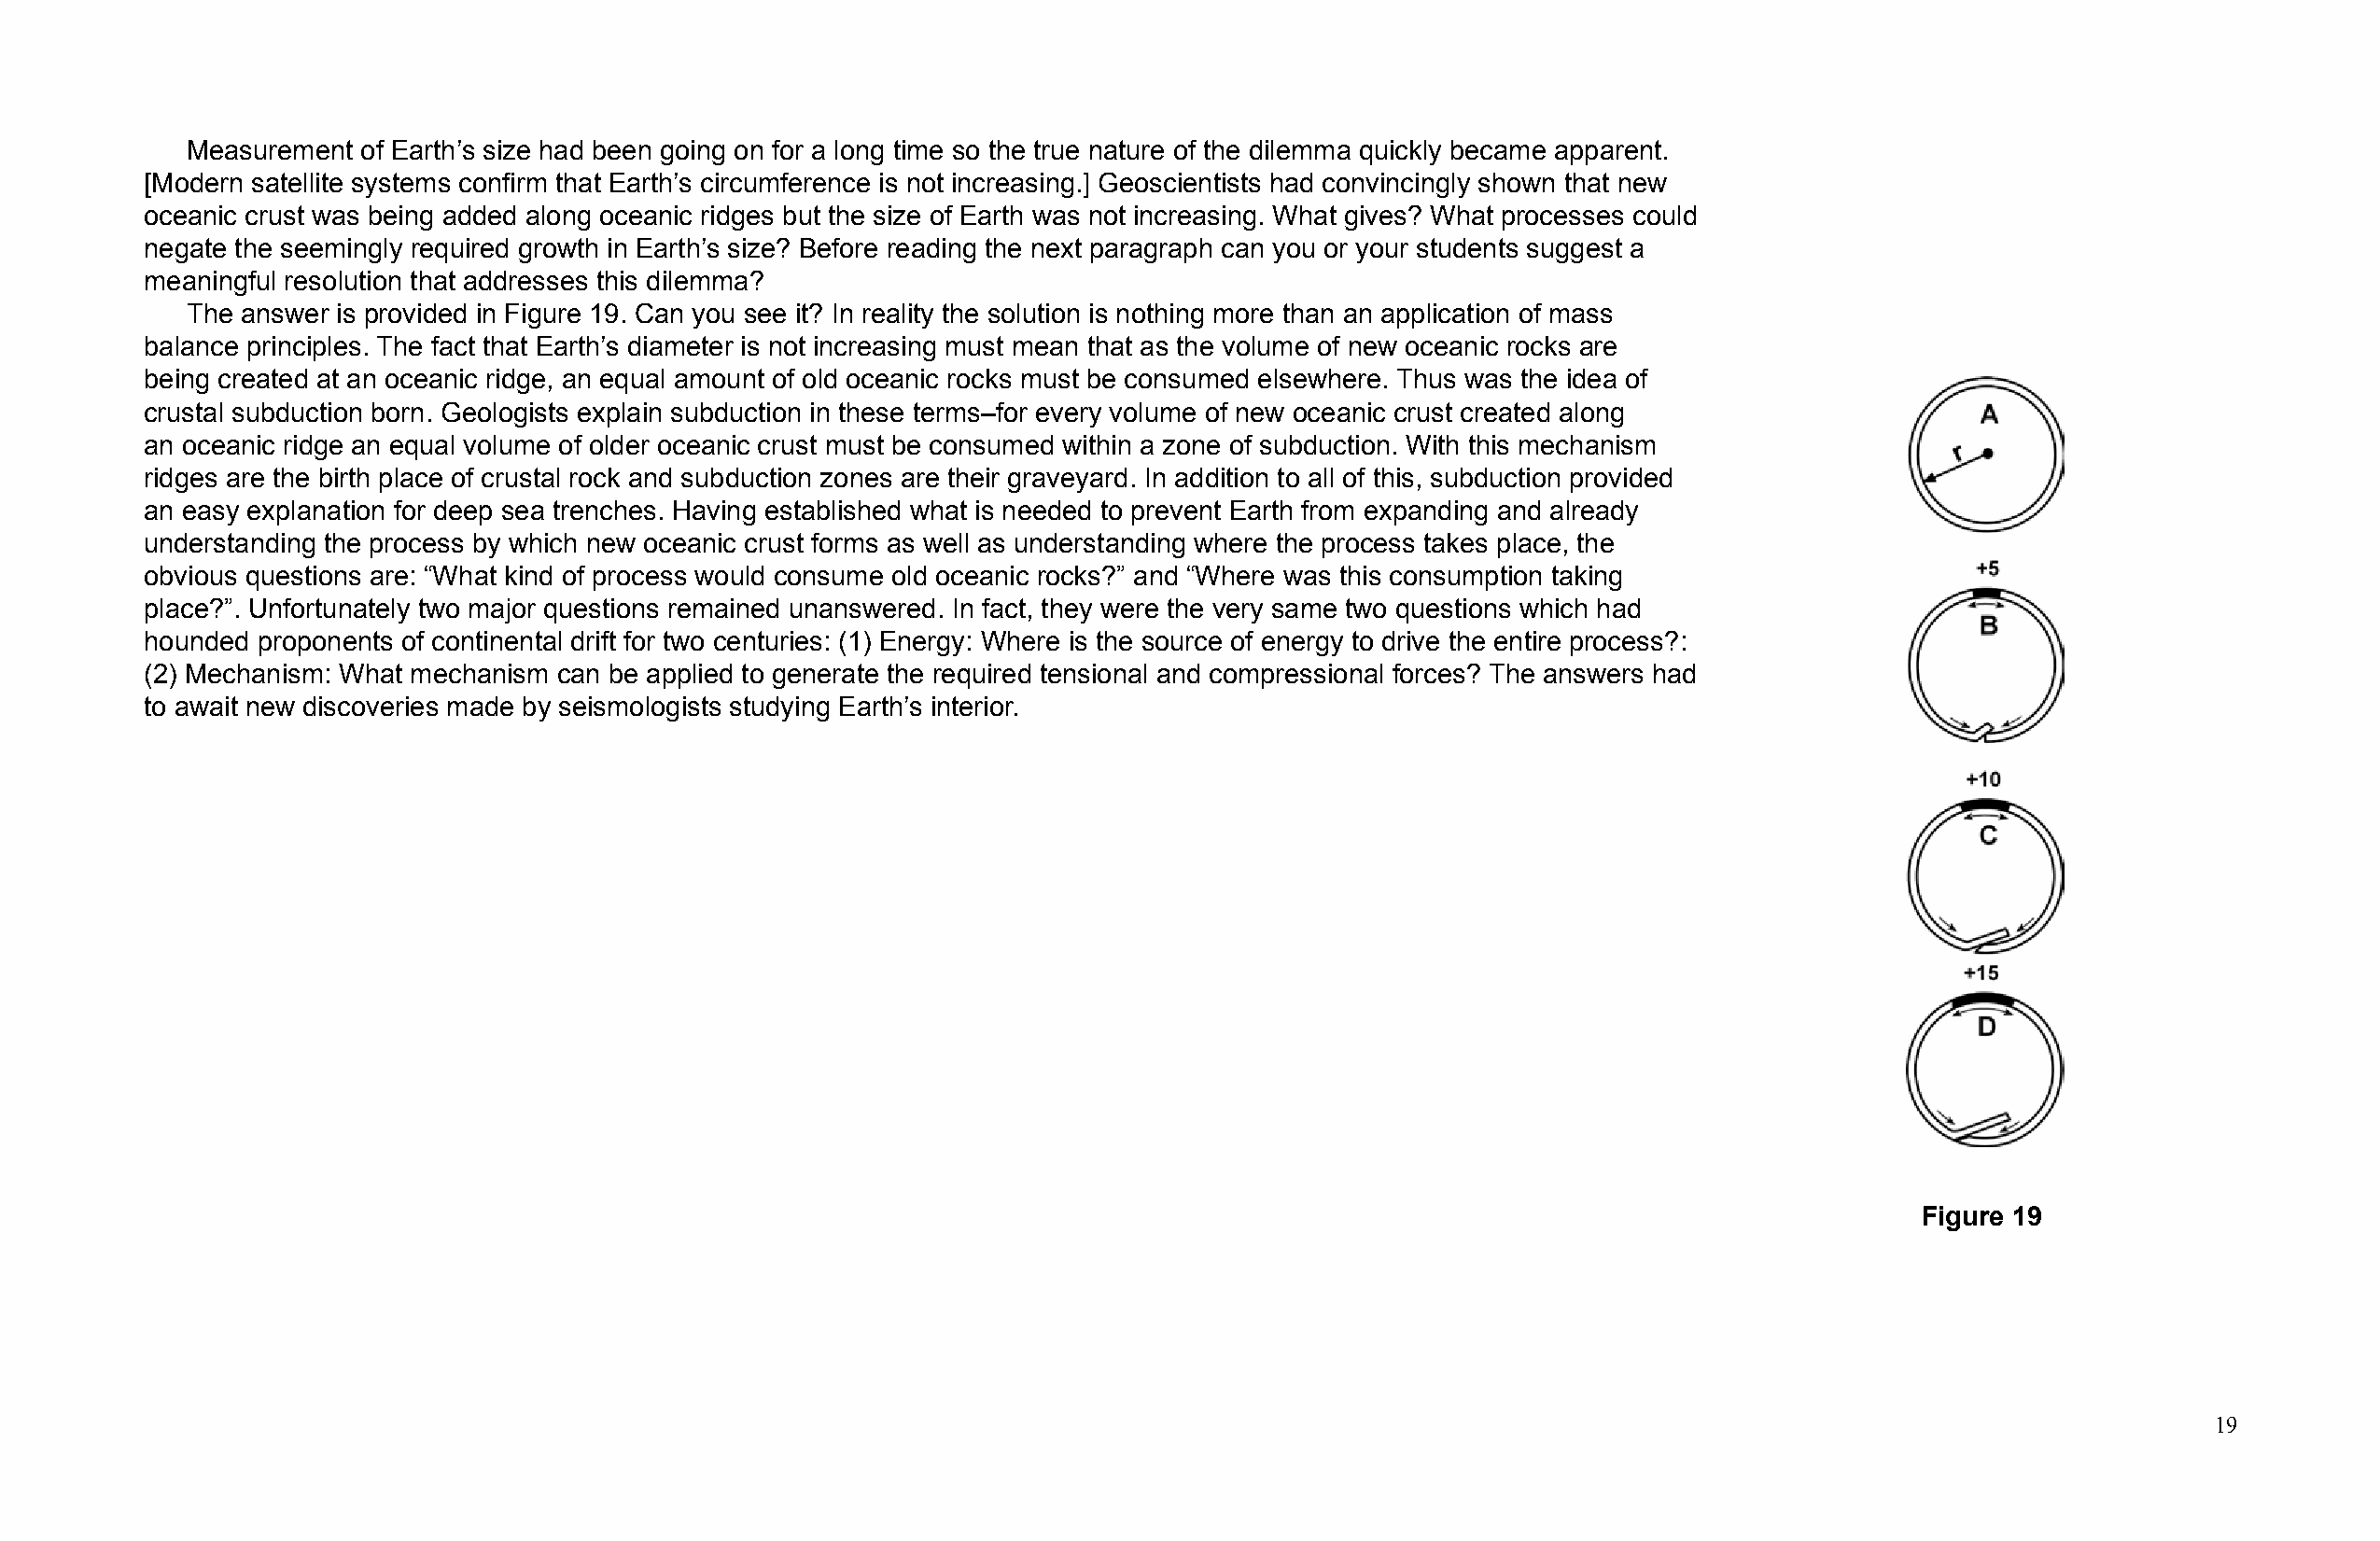
Measurement  of Earth’s size had been going on for a long time so the true nature of the dilemma quickly became apparent.
 [Modern satellite systems confirm that Earth’s circumference is not increasing.] Geoscientists had convincingly shown that new
 oceanic crust was being added along oceanic ridges but the size of Earth was not increasing. What gives? What processes could
 negate the seemingly required growth in Earth’s size? Before reading the next paragraph can you or your students suggest a
 meaningful resolution that addresses this dilemma?
 The answer is provided in Figure 19. Can you see it? In reality the solution is nothing more than an application of mass
 balance principles. The fact that Earth’s diameter is not increasing must mean that as the volume of new oceanic rocks are
 being created at an oceanic ridge, an equal amount of old oceanic rocks must be consumed elsewhere. Thus was the idea of
 crustal subduction born. Geologists explain subduction in these terms–for every volume of new oceanic crust created along
 an oceanic ridge an equal volume of older oceanic crust must be consumed within a zone of subduction. With this mechanism
 ridges are the birth place of crustal rock and subduction zones are their graveyard. In addition to all of this, subduction provided
 an easy e xplanation for deep sea trenches. Having established what is needed to prevent Earth from expanding and already
 understanding the process by which new oceanic crust forms as well as understanding where the process takes place, the
 obvious questions are: “What kind of process would consume old oceanic rocks?” and “Where was this consumption taking
 place?”. Unfortunately two major questions remained unanswered. In fact, they were the very same two questions which had
 hounded proponents of continental drift for two centuries: (1) Energy: Where is the source of energy to drive the entire process?:
 (2) Mechanism: What mechanism can be applied to generate the required tensional and compressional forces? The answers had
 to await new discoveries made by seismologists studying Earth’s interior.
 Figure 19
 19